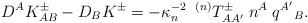
LaTeX: \begin{align*}D^A K_{AB}^\pm - D_B K^\pm = -\kappa_n^{-2} \; \; {}^{(n)}T_{AA'}^\pm \; n^A \; q^{A'}{}_B.\end{align*}